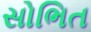
સોભિત